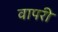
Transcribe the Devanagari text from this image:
वापरी